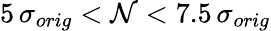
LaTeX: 5\, \sigma_{orig}<\mathcal{N}<7.5\, \sigma_{orig}